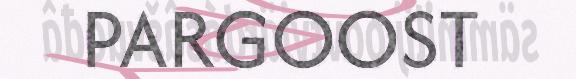
PARGOOST